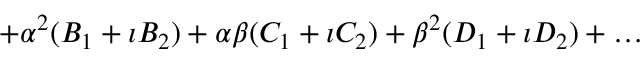
+ \alpha ^ { 2 } ( B _ { 1 } + \imath B _ { 2 } ) + \alpha \beta ( C _ { 1 } + \imath C _ { 2 } ) + \beta ^ { 2 } ( D _ { 1 } + \imath D _ { 2 } ) + \ldots